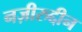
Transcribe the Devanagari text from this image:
नज़ीरुद्दीन